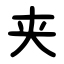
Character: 夹